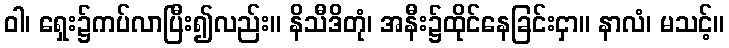
ဝါ၊ ရှေး၌ကပ်လာပြီး၍လည်း။ နိသီဒိတုံ၊ အနီး၌ထိုင်နေခြင်းငှာ။ နာလံ၊ မသင့်။